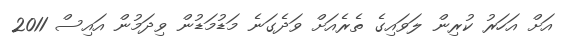
އަށް އަހަރު ކުރިން ލަވައިގެ ތެރެއަށް ވަދެގަނެ މަޑުމަޑުން ވިދަމުން އައިސް 2011